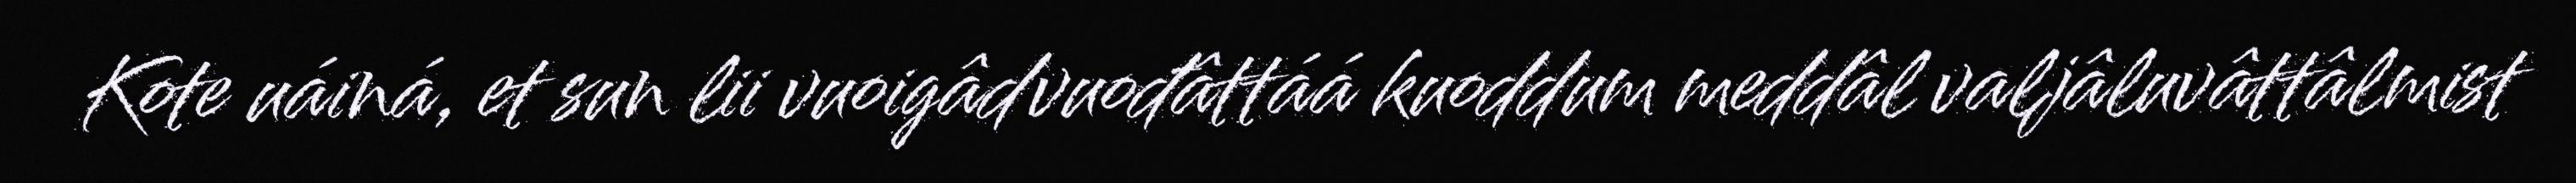
Kote uáiná, et sun lii vuoigâdvuođâttáá kuoddum meddâl valjâluvâttâlmist